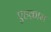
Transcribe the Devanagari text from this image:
एहक़ाम